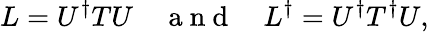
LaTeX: L=U^{\dagger}TU\quad\mathrm{~a~n~d~}\quad L^{\dagger}=U^{\dagger}T^{\dagger}U,